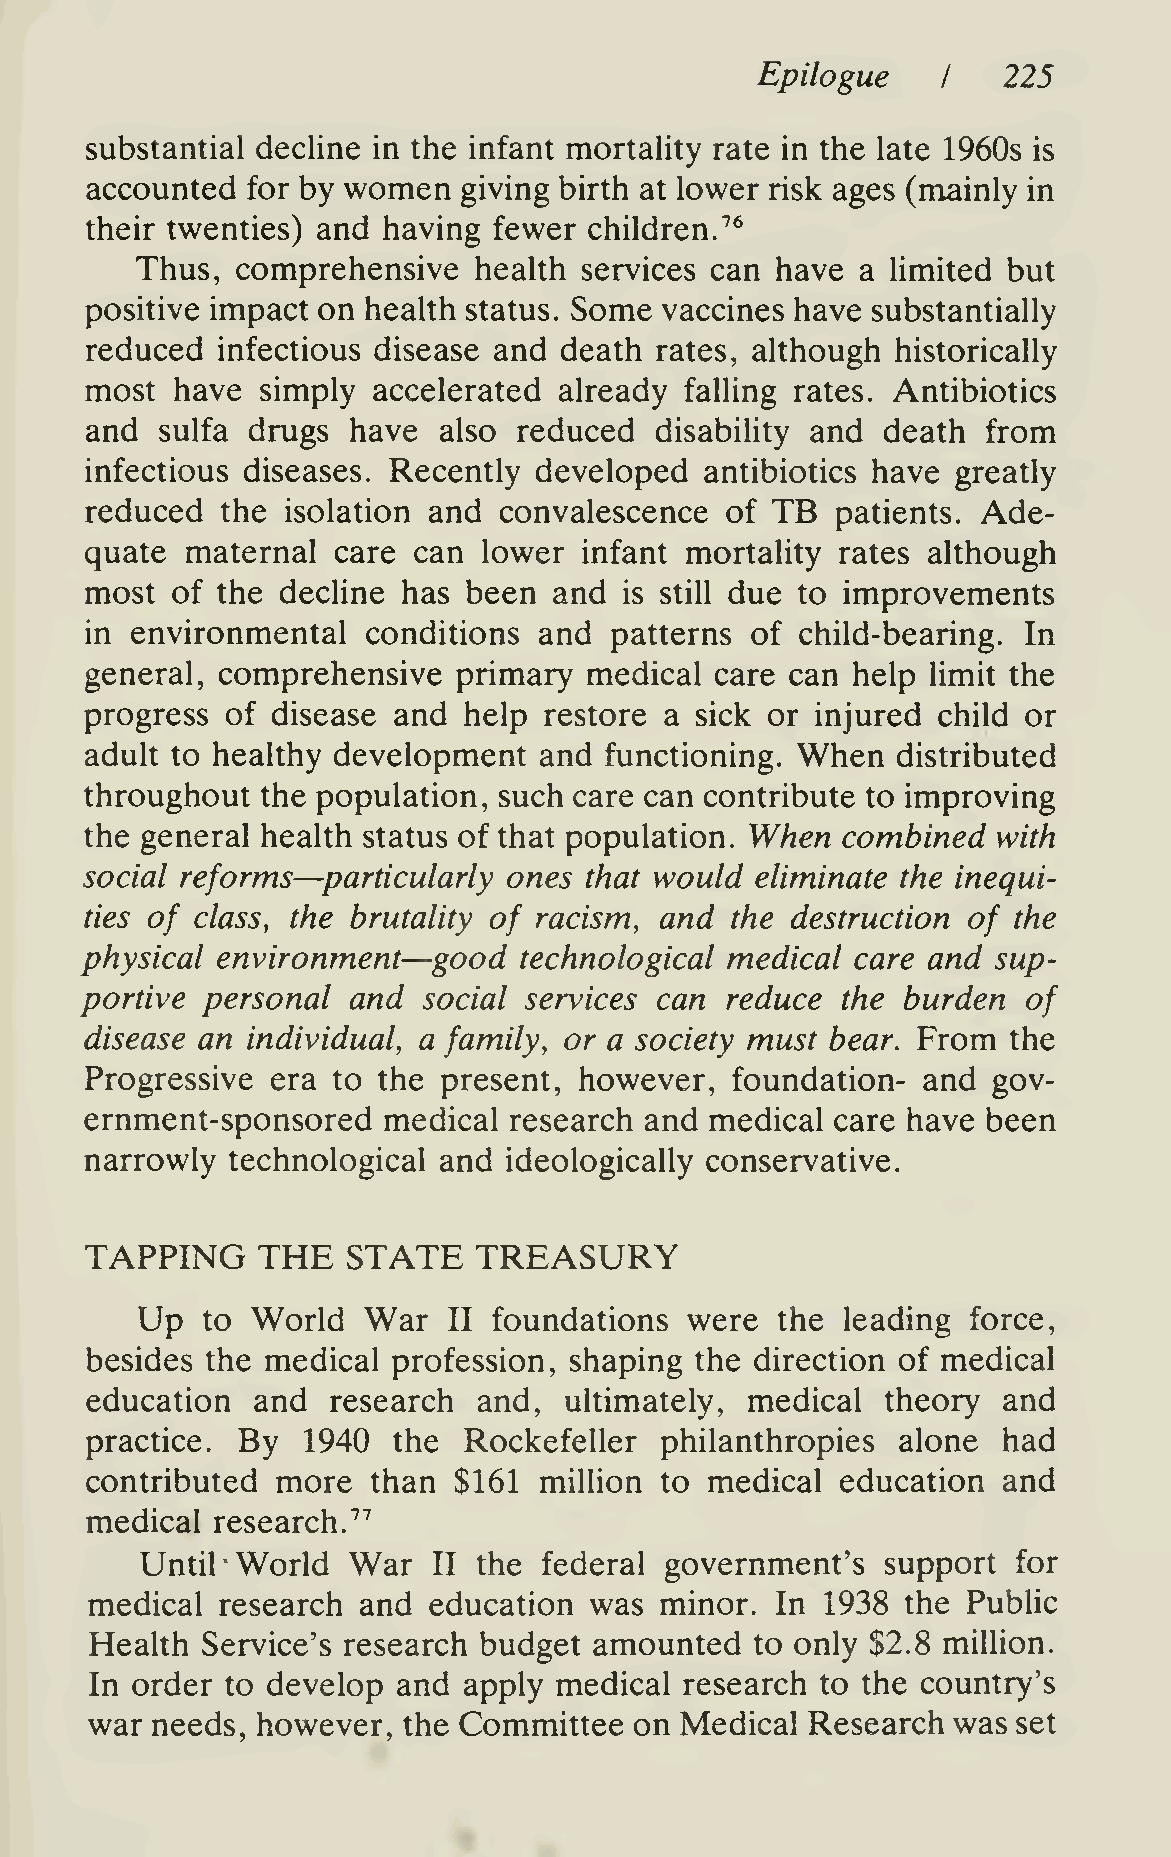
Epilogue        225
 I
 substantial decline in the infant mortality rate in the late 1960s is
 women
 accounted for by         giving birth at lower risk ages (mainly in
 their twenties) and having fewer children.^**
 Thus,  comprehensive  health services can have  a limited but
 positive impact on health status. Some vaccines have substantially
 reduced infectious disease and death rates, although historically
 most  have simply  accelerated already falling rates. Antibiotics
 and  sulfa drugs have  also reduced  disability and  death from
 infectious diseases. Recently developed  antibiotics have greatly
 reduced  the isolation and convalescence  of TB  patients. Ade-
 quate maternal  care can  lower  infant mortality rates although
 most of the  decHne  has been  and is still due to improvements
 in environmental  conditions  and patterns  of child-bearing. In
 general, comprehensive  primary  medical care can help  limit the
 progress of disease and  help restore a sick or injured child or
 adult to healthy development  and functioning. When  distributed
 throughout the population, such care can contribute to improving
 the general health status of that population. When combined with
 social reforms—particularly ones that would eliminate the inequi-
 ties of class, the brutality of racism, and the destruction of the
 —
 physical environment    good technological medical  care and sup-
 portive personal  and  social services can reduce  the burden  of
 disease an individual, a family, or a society must bear. From the
 Progressive era to the present, however,  foundation-  and  gov-
 ernment-sponsored  medical  research and medical care have been
 narrowly technological and ideologically conservative.
 TAPPING    THE   STATE   TREASURY
 Up  to  World  War   II foundations  were the  leading force,
 besides the medical profession, shaping the direction of medical
 education  and  research  and, ultimately,  medical  theory and
 practice. By  1940  the  Rockefeller  philanthropies  alone had
 contributed more   than $161  million to medical  education and
 medical research.''''
 Until  World  War   II the federal government's   support for
 medical  research and education  was  minor. In  1938 the Public
 Health Service's research budget amounted   to only $2.8 million.
 In order to develop and  apply medical research to the country's
 war needs, however,  the Committee  on Medical  Research was set